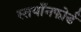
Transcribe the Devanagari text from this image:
स्तयाँनफोर्ड